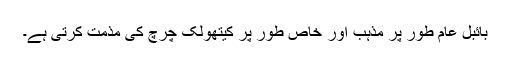
بائبل عام طور پر مذہب اور خاص طور پر کیتھولک چرچ کی مذمت کرتی ہے۔